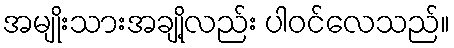
အမျိုးသားအချို့လည်း ပါဝင်လေသည်။